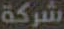
شركة